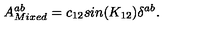
A _ { M i x e d } ^ { a b } = c _ { 1 2 } s i n ( K _ { 1 2 } ) \delta ^ { a b } .